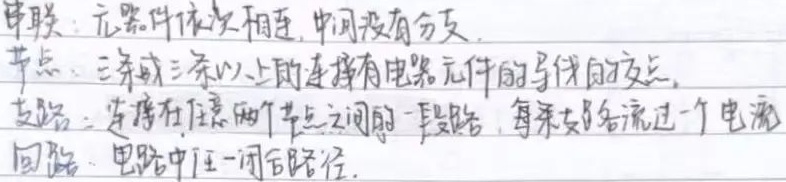
串联：元器件依次相连，中间没有分支。
节点：三条或三条以上的连接有电路元件的导线的交点。
支路：连接在任意两个节点之间的一段路，每条支路流过一个电流。
回路：电路中任一闭合路径。